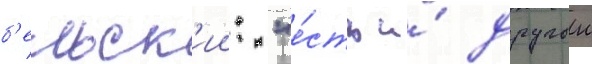
б'ельск'ии: "е́сть и́ другои